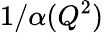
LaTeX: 1/\alpha(Q^{2})